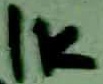
Text: 1K